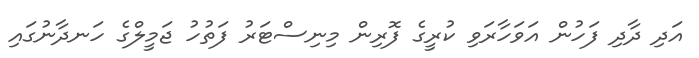
އަދި ދާދި ފަހުން އަވަހާރަވި ކުރީގެ ފޮރިން މިނިސްޓަރު ފަތުހު ޖަމީލްގެ ހަނދާނުގައި